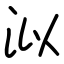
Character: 泤